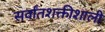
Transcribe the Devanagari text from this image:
सर्वांतशक्तीशाली